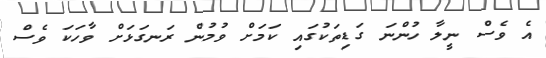
އެ ވެސް ނީލާ ހުންނަ ގަޑިތަކުގައި ކަމަށް ވުމުން ރަނގަޅަށް ވާހަކަ ވެސް